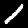
Digit: 1